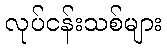
လုပ်ငန်းသစ်များ